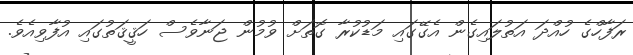
ރަފާހްގެ ހުއްދަ އަތުލައިގެން އެގޭގައި މަޑުކުރާ ގޮތަށް ވުމުން ޖަނާވެސް ހަޤީޤަތުގައި އުފާވިއެވެ.